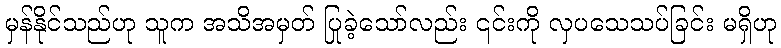
မှန်နိုင်သည်ဟု သူက အသိအမှတ် ပြုခဲ့သော်လည်း ၎င်းကို လှပသေသပ်ခြင်း မရှိဟု